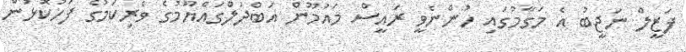
ފަޒީލް ނަޖީބު އެ މަގާމުގައި ހުންނެވީ ރައީސް މައުމޫން އަބްދުލްގައްޔޫމުގެ ވެރިކަމުގެ ފަހުކޮޅުން